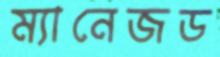
ম্যানেজড